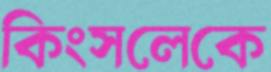
কিংসলেকে